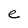
Character: e